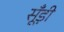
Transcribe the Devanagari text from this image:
सूँड़ी